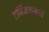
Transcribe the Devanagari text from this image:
टर्मिनलमध्ये